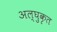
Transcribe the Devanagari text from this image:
अल्घुकृत